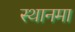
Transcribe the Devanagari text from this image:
स्थानमा